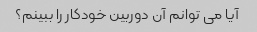
آیا می توانم آن دوربین خودکار را ببینم؟